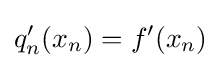
q'_{n}(x_{n})=f'(x_{n})